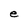
Character: e